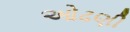
ઓઢણી